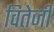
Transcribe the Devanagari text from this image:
वितेजी